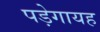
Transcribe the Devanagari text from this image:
पड़ेगायह